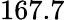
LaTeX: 167.7